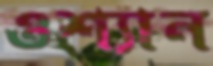
ওশ্যান